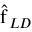
\hat { \boldsymbol { \mathrm { f } } } _ { L D }